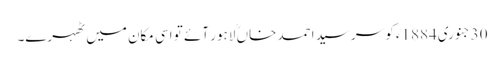
30جنوری1884ء کو سرسید احمد خاںؒ لاہور آئے تو اسی مکان میں ٹھہرے۔